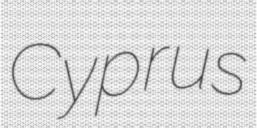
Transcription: Cyprus